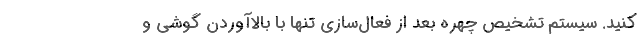
کنید. سیستم تشخیص چهره بعد از فعال‌سازی تنها با بالاآوردن گوشی و